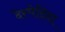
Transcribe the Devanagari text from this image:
देस्पेदिदा